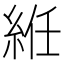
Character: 絍